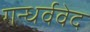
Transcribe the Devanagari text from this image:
गन्धर्ववेद